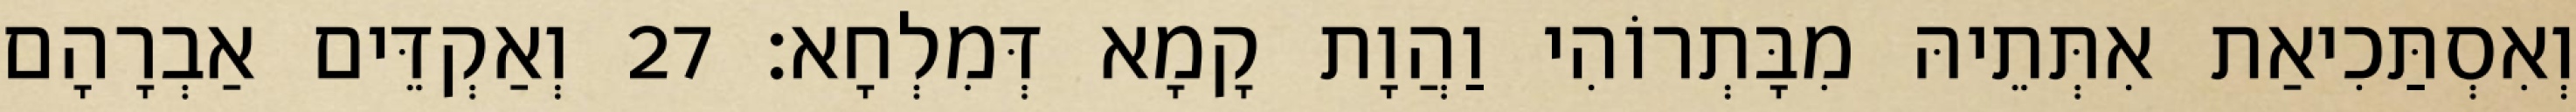
וְאִסְתַּכִיאַת אִתְּתֵיהּ מִבָּתְרוֹהִי וַהֲוָת קָמָא דְּמִלְחָא׃ 27 וְאַקְדֵּים אַבְרָהָם